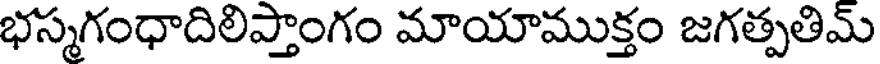
భస్మగంధాదిలిప్తాంగం మాయాముక్తం జగత్పతిమ్